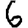
Digit: 6